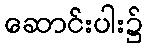
ဆောင်းပါး၌